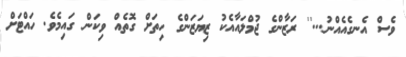
ވެސް އެނގެއެއްނު...'' ރަޒާންގެ ޖުމްލައާއެކު ޒިޔަޒަންގެ ހިތަށް ގޮތެއް ވިކަން ގައިމެވެ. ހައްޓަށް